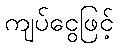
ကျပ်ငွေဖြင့်